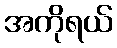
အကိုရယ်